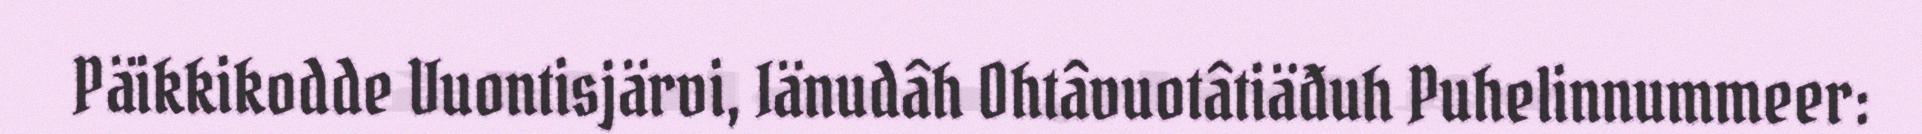
Päikkikodde Vuontisjärvi, Iänudâh Ohtâvuotâtiäđuh Puhelinnummeer: